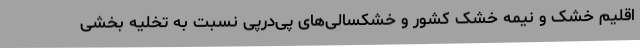
اقلیم خشک و نیمه خشک کشور و خشکسالی‌های پی‌درپی نسبت به تخلیه بخشی